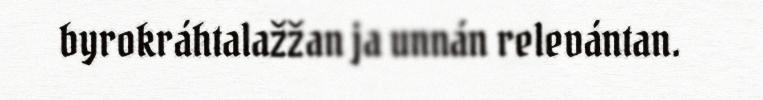
byrokráhtalažžan ja unnán relevántan.